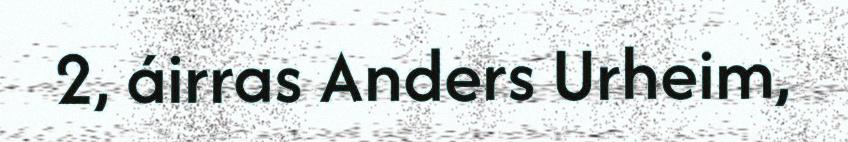
2, áirras Anders Urheim,